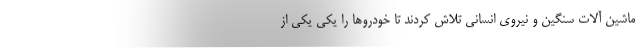
ماشین آلات سنگین و نیروی انسانی تلاش کردند تا خودروها را یکی یکی از